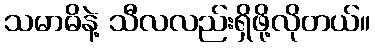
သမာဓိနဲ့ သီလလည်းရှိဖို့လိုတယ်။